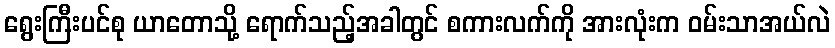
ရွေးကြီးပင်စု ယာတောသို့ ရောက်သည့်အခါတွင် စကားလက်ကို အားလုံးက ဝမ်းသာအယ်လဲ